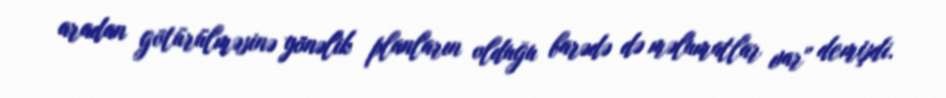
aradan götürülməsinə yönəlik planların olduğu barədə də məlumatlar var" demişdi.